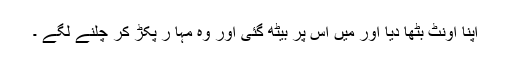
اپنا اونٹ بٹھا دیا اور میں اس پر بیٹھ گئی اور وہ مہا ر پکڑ کر چلنے لگے ۔